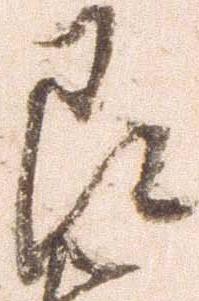
即